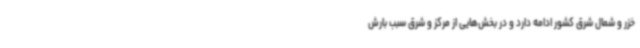
خزر و شمال شرق کشور ادامه دارد و در بخش‌هایی از مرکز و شرق سبب بارش